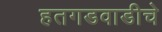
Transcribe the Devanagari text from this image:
हतगडवाडीचे